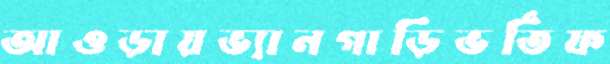
আওড়ায়ভ্যানগাড়িভর্তিফ